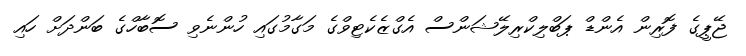
ޖޭޕީގެ ފޮރިން އެންޑް ޕަބްލިކްރިލޭޝަންސް އެގްޒެކެޓިވްގެ މަގާމުގައި ހުންނެވި ސޮބާހްގެ ބަންދަށް ހައި